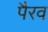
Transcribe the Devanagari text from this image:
पैरव